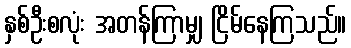
နှစ်ဦးစလုံး အတန်ကြာမျှ ငြိမ်နေကြသည်။